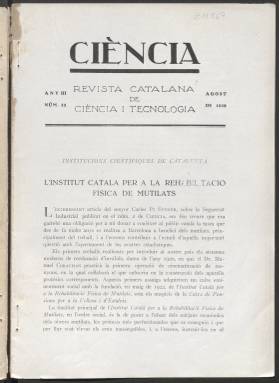
Título: Ciència (Barcelona. 1926)
Colección: Ciencias
Ámbito geográfico: Barcelona
Lugar de publicación: Barcelona
Fechas: 01/07/1928-31/01/1933